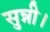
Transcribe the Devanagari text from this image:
सुन्नी।